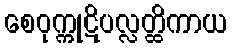
စေဝုက္ကုဋိပလ္လတ္ထိကာယ